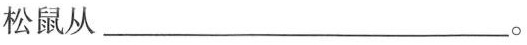
松鼠从___。